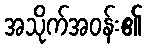
အသိုက်အဝန်း၏